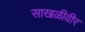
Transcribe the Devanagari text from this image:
साखळीवीर